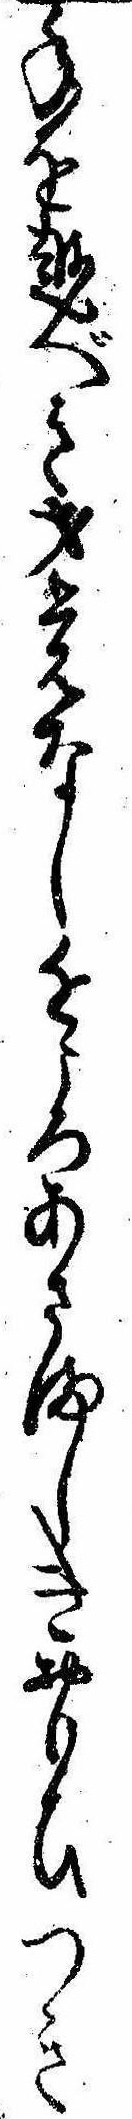
年を越べき才覚なし近ころあさましきおもひつき